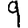
Digit: 9